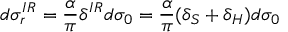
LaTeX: d \sigma _ { r } ^ { I R } = \frac { \alpha } { \pi } \delta ^ { I R } d \sigma _ { 0 } = \frac { \alpha } { \pi } ( \delta _ { S } + \delta _ { H } ) d \sigma _ { 0 }